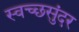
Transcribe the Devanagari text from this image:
स्वच्छसुंदर